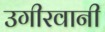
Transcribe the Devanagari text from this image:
उगीरवानी